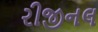
રીજીનલ